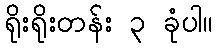
ရိုးရိုးတန်း ၃ ခုံပါ။